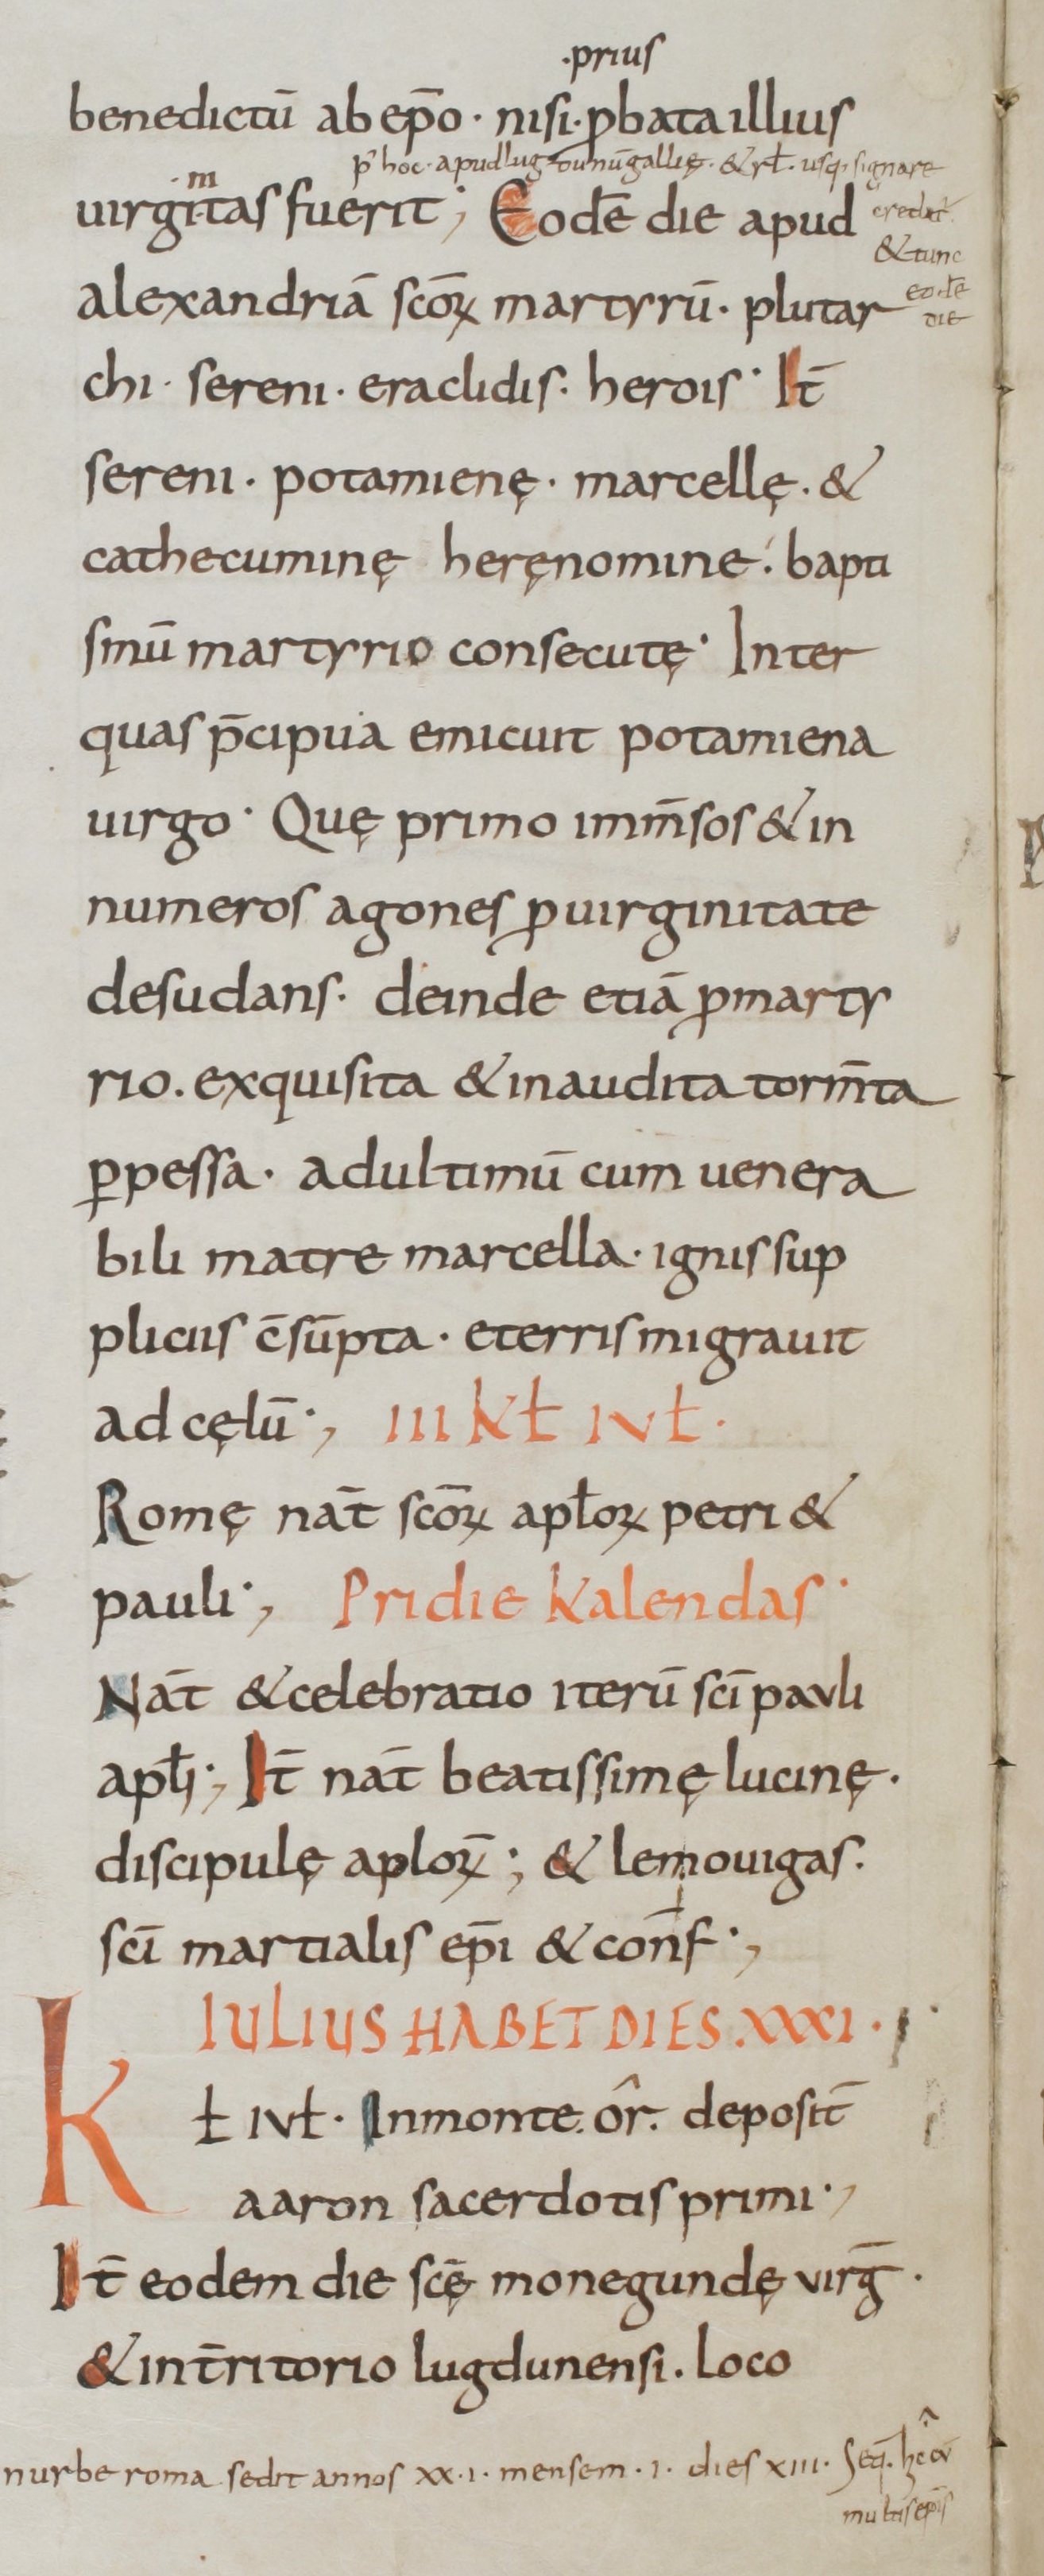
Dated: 800–949